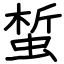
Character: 蜤